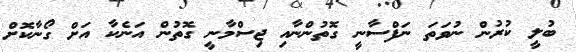
ބުލީ ކުރުން ނުވަތަ ނަފްސާނީ ގޮތުންނާއި ޖިސްމާނީ ގޮތުން އަނެކާ އަށް ގޯނާކޮށް